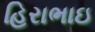
હિરાભાઇ